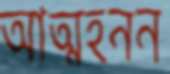
আত্মহনন